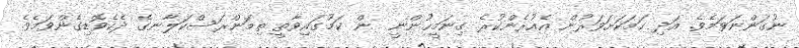
ނުގަންނަވަމެވެ. އަދި ހަމަކަށަވަރުން އެއުރެންކުރެ ގިނަމީހުންނީ  ން ކަމުގައިވާތީ ތިމަންރަސްކަލާނގެ ދެކެވޮޑިގެންވަމެވެ.